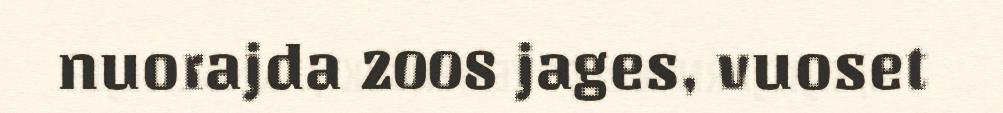
nuorajda 2008 jages, vuoset